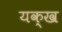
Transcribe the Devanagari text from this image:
यक्ख